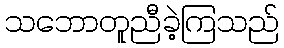
သဘောတူညီခဲ့ကြသည်